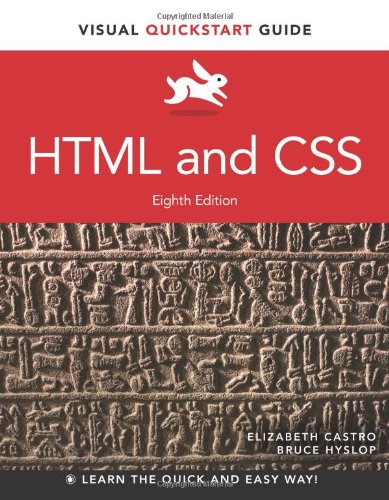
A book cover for HTML and CSS: Visual QuickStart Guide (8th Edition); Elizabeth Castro; Computers & Technology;